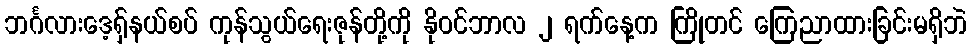
ဘင်္ဂလားဒေ့ရှ်နယ်စပ် ကုန်သွယ်ရေးဇုန်တို့ကို နိုဝင်ဘာလ ၂ ရက်နေ့က ကြိုတင် ကြေညာထားခြင်းမရှိဘဲ